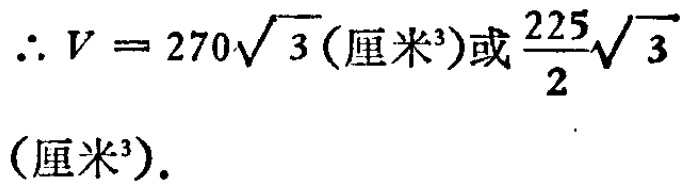
\(\therefore V = 270\sqrt{3}(\text{厘米}^3)\text{或}\frac{225}{2}\sqrt{3}(\text{厘米}^3).\)